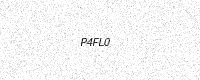
Text: P4FL0